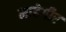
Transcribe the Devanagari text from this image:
माहेगीर